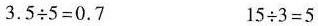
$$3 . 5 \div 5 = 0 . 7$$ $$1 5 \div 3 = 5$$